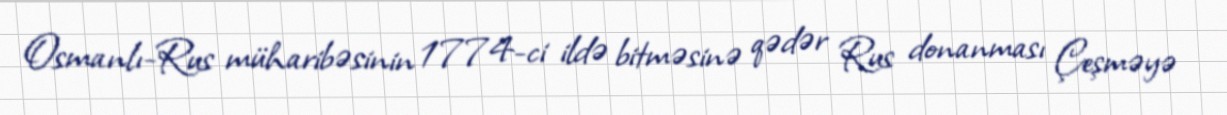
Osmanlı-Rus müharibəsinin 1774-ci ildə bitməsinə qədər Rus donanması Çeşməyə